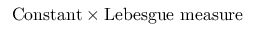
{ \mathrm { C o n s t a n t } } \times { \mathrm { L e b e s g u e ~ m e a s u r e } }